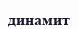
динамит